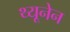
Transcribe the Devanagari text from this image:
थ्यूनेन